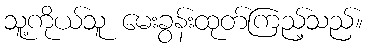
သူ့ကိုယ်သူ မေးခွန်းထုတ်ကြည့်သည်။